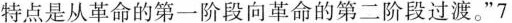
特点是从革命的第一阶段向革命的第二阶段过渡。”7